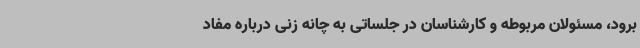
برود، مسئولان مربوطه و کارشناسان در جلساتی به چانه زنی درباره مفاد